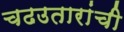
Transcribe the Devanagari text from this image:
चढउतारांची